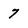
Character: 7